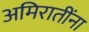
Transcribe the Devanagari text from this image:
अमिरातींना